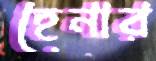
হেনার